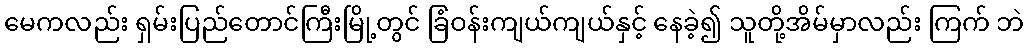
မေကလည်း ရှမ်းပြည်တောင်ကြီးမြို့တွင် ခြံဝန်းကျယ်ကျယ်နှင့် နေခဲ့၍ သူတို့အိမ်မှာလည်း ကြက် ဘဲ